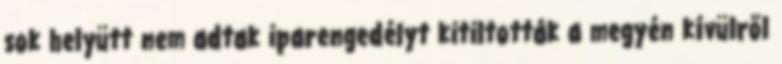
sok helyütt nem adtak iparengedélyt kitiltották a megyén kívülről